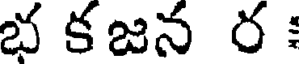
భ కజన ర :